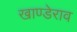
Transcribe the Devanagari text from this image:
खाण्डेराव